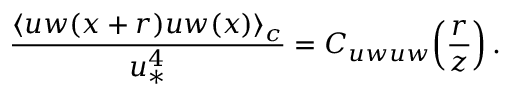
\frac { \langle u w ( x + r ) u w ( x ) \rangle _ { c } } { u _ { \ast } ^ { 4 } } = C _ { u w u w } \! \left( \frac { r } { z } \right) .